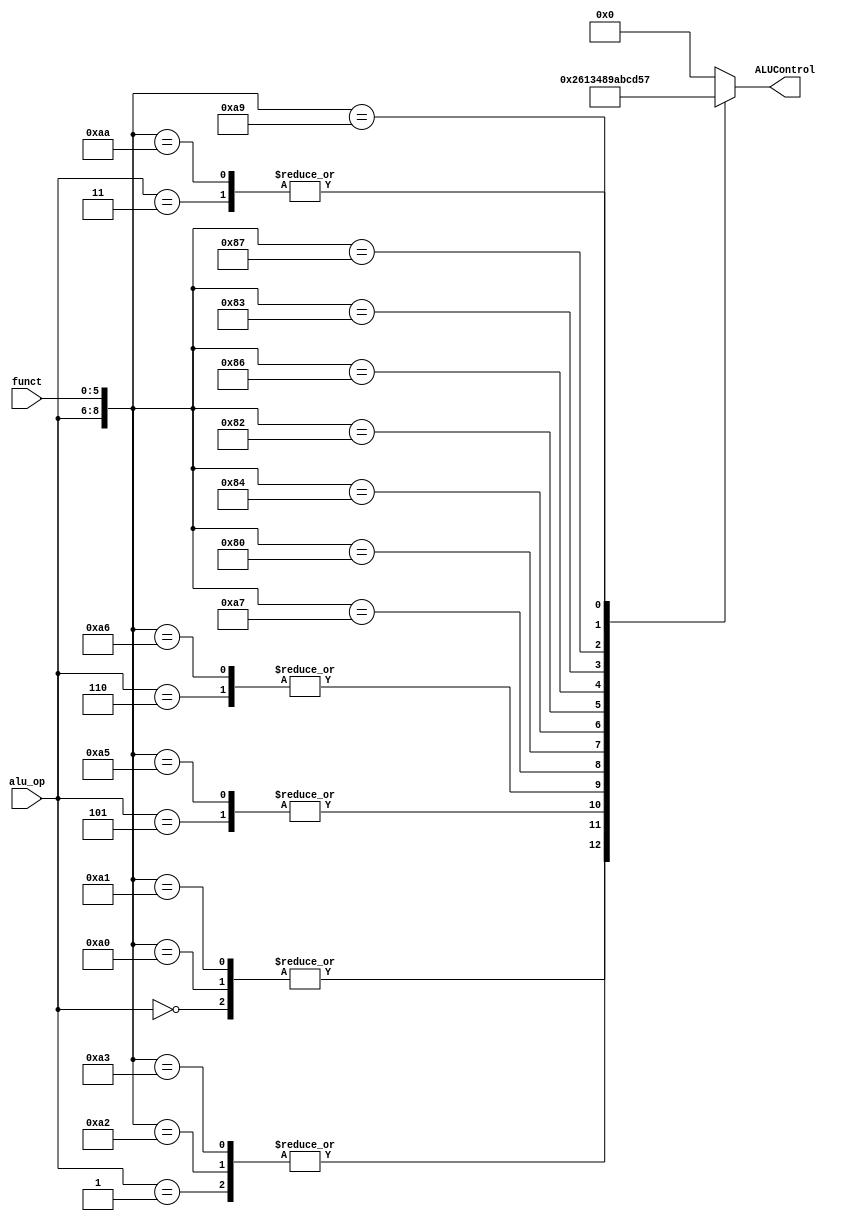
module ALU_DECODER (
    input wire [5:0] funct,     
    input wire [2:0] alu_op,    
    output reg [3:0] ALUControl
);
    
    /*ALU Operation*/
    localparam      AND = 'b0000,
                    OR = 'b0001,
                    add = 'b0010,
                    XOR = 'b0011,
                    NOR= 'b0100,
                    Set_if_less_than_unsigned = 'b0101,
                    subtract = 'b0110,
                    Set_if_less_than = 'b0111,
                    Shift_left_logic = 'b1000,
                    Shift_left_logic_by_var = 'b1001,
                    Shift_right_logic = 'b1010,
                    Shift_right_logic_by_var = 'b1011,
                    Shift_right_arith = 'b1100,
                    Shift_right_arith_by_var = 'b1101;

    wire [8:0] sel;
    assign sel = {alu_op,funct};
always@(*)  begin
    
    casex (sel)
        /*Load word - Load byte - Load byte unsigned - Load half word */
        'b000_xxxxxx: begin
            ALUControl = add;
        end    
        'b001_xxxxxx: begin
            ALUControl = subtract;
        end    
        'b011_xxxxxx : begin
            ALUControl = Set_if_less_than;
        end
        'b100_xxxxxx : begin
            ALUControl = AND;
        end    
        'b101_xxxxxx : begin
            ALUControl = OR;
        end    
        'b110_xxxxxx : begin
            ALUControl = XOR;
        end              
        'b010_100000 : begin /*add*/
            ALUControl = add;
        end              
        'b010_100001 : begin /*add unsigned*/
            ALUControl = add;
        end                 
        'b010_100010 : begin /*subtract*/
            ALUControl = subtract;
        end                 
        'b010_100011 : begin /*subtract unsigned*/
            ALUControl = subtract;
        end                 
        'b010_100100 : begin /*Logical AND*/
            ALUControl = AND;
        end                  
        'b010_100101 : begin /*Logical OR*/
            ALUControl = OR;
        end                  
        'b010_100110 : begin /*Logical XOR*/
            ALUControl = XOR;
        end                  
        'b010_100111 : begin /*Logical NOR*/
            ALUControl = NOR;
        end                  
        'b010_000000 : begin /*Shift left logic*/
            ALUControl = Shift_left_logic;
        end                  
        'b010_000100 : begin /*Shift left logic by variable*/
            ALUControl = Shift_left_logic_by_var;
        end                  
        'b010_000010 : begin /*Shift right logic*/
            ALUControl = Shift_right_logic;
        end                  
        'b010_000110 : begin /*Shift right logic by variable */
            ALUControl = Shift_right_logic_by_var;
        end                 
        'b010_000011 : begin /*Shift right arithmetic*/
            ALUControl = Shift_right_arith;
        end                   
        'b010_000111 : begin /*Shift right arithmetic by variable*/
            ALUControl = Shift_right_arith_by_var;
        end                   
        'b010_101001 : begin /*Set-if-less-than unsigned*/
            ALUControl = Set_if_less_than_unsigned;
        end                   
        'b010_101010 : begin /*Set-if-less-than*/
            ALUControl = Set_if_less_than;
        end
        default: 
            ALUControl = 'b0;
    endcase
end

endmodule